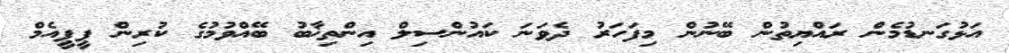
އަޅުގަނޑުމެން ރައްޔިތުން ބޭނުން މިފަހަރު ދެވަނަ ކައުންސިލް އިންތިޚާބު ބޭއްވުމުގެ ކުރިން ޕީޕީއެމް